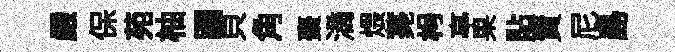
嚴保苑柚蹋貝角棗滴煨薧枵亭果貼𧶠尼島